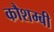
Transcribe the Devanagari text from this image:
कौशम्बी